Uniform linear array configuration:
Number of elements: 48
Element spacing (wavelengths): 0.25
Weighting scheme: hamming
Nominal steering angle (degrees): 30
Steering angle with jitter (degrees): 31.369
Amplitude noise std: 0.05
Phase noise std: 0.05

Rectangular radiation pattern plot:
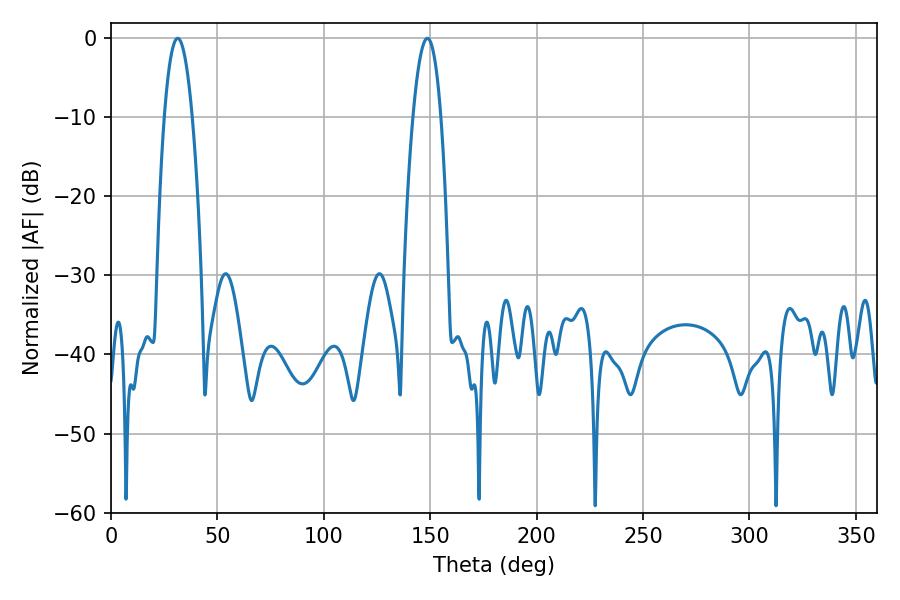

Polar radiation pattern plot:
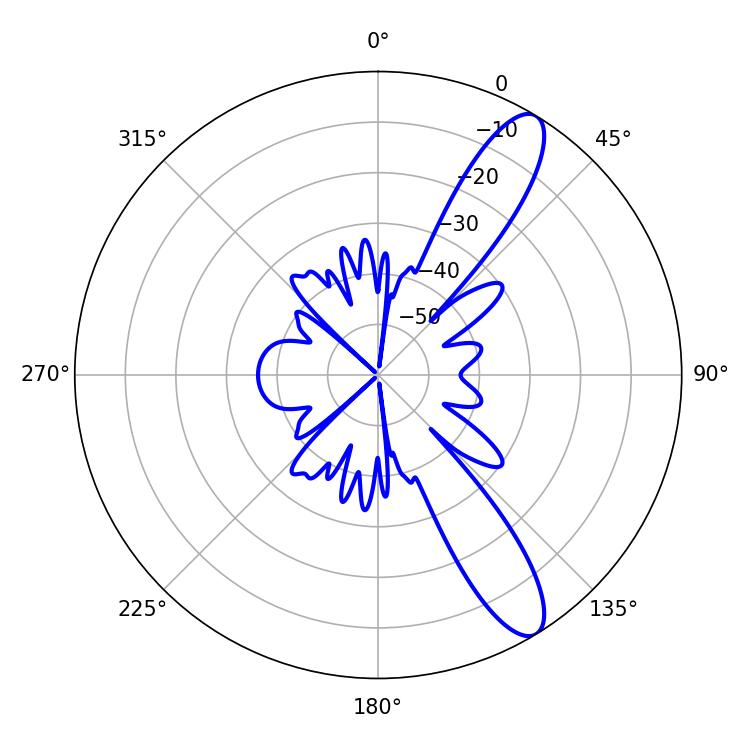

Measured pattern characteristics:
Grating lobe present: FALSE
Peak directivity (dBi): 11.488
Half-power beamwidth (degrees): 7.38
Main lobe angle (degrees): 31.32